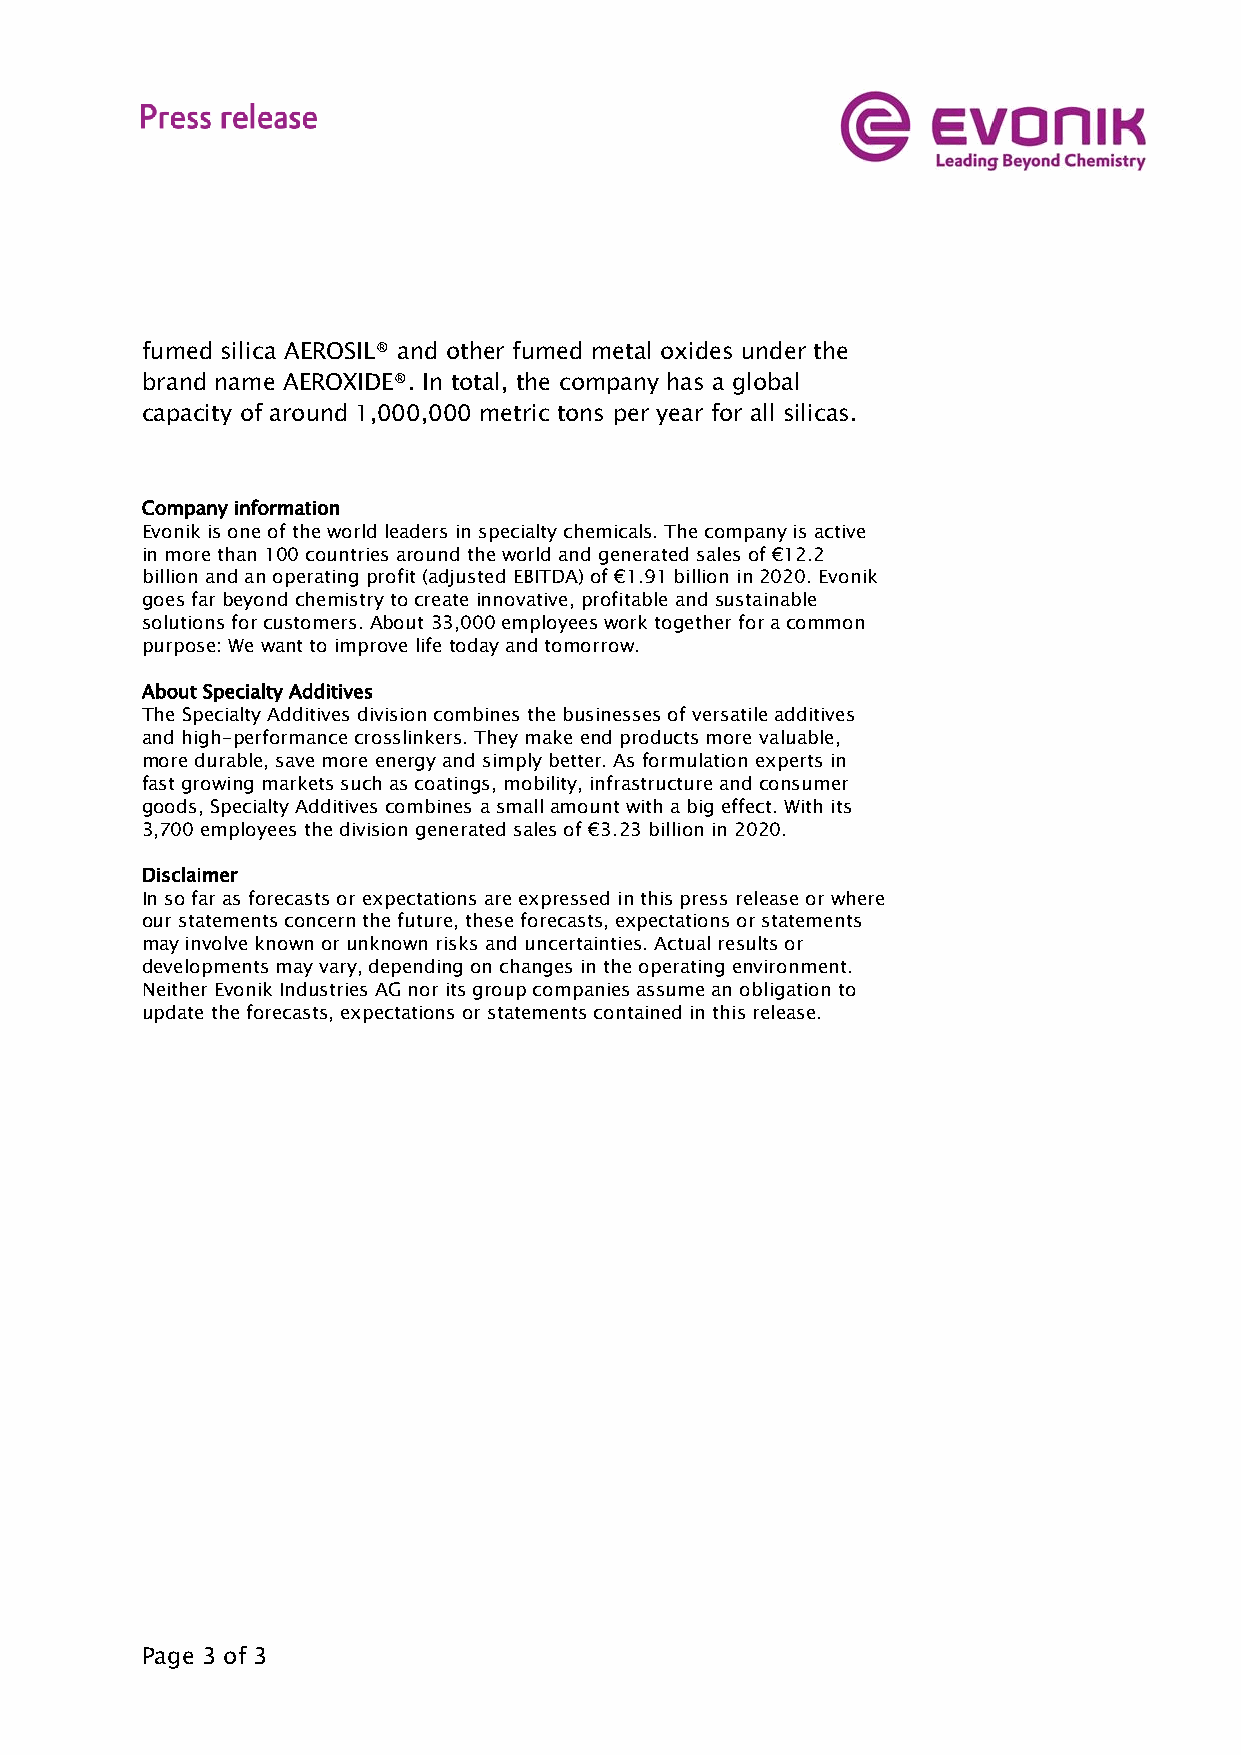
fumed silica AEROSIL® and other fumed metal oxides under the
 brand name AEROXIDE®. In total, the company has a global
 capacity of around 1,000,000 metric tons per year for all silicas.
 Company information
 Evonik is one of the world leaders in specialty chemicals. The company is active
 in more than 100 countries around the world and generated sales of €12.2
 billion and an operating profit (adjusted EBITDA) of €1.91 billion in 2020. Evonik
 goes far beyond chemistry to create innovative, profitable and sustainable
 solutions for customers. About 33,000 employees work together for a common
 purpose: We want to improve life today and tomorrow.
 About Specialty Additives
 The Specialty Additives division combines the businesses of versatile additives
 and high-performance crosslinkers. They make end products more valuable,
 more durable, save more energy and simply better. As formulation experts in
 fast growing markets such as coatings, mobility, infrastructure and consumer
 goods, Specialty Additives combines a small amount with a big effect. With its
 3,700 employees the division generated sales of €3.23 billion in 2020.
 Disclaimer
 In so far as forecasts or expectations are expressed in this press release or where
 our statements concern the future, these forecasts, expectations or statements
 may involve known or unknown risks and uncertainties. Actual results or
 developments may vary, depending on changes in the operating environment.
 Neither Evonik Industries AG nor its group companies assume an obligation to
 update the forecasts, expectations or statements contained in this release.
 Page 3 of 3